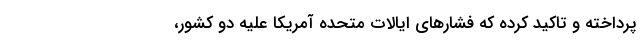
پرداخته و تاکید کرده که فشارهای ایالات متحده آمریکا علیه دو کشور،